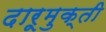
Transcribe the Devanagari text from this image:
दारूमुक्ती